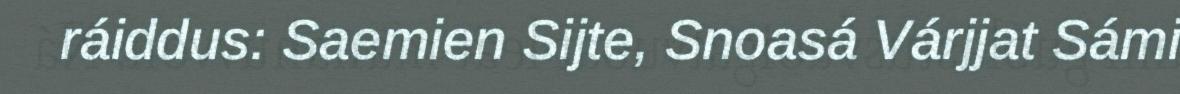
ráiddus: Saemien Sijte, Snoasá Várjjat Sámi